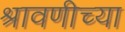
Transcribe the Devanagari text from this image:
श्रावणीच्या